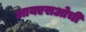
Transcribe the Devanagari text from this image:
आयएसओची